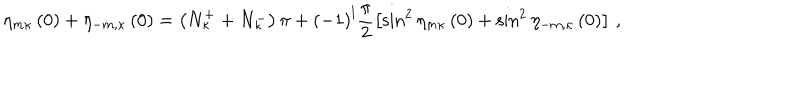
\eta _ { m \kappa } \left( 0 \right) + \eta _ { - m , \kappa } \left( 0 \right) = \left( N _ { \kappa } ^ { + } + N _ { \kappa } ^ { - } \right) \pi + \left( - 1 \right) ^ { l } \frac { \pi } { 2 } \left[ \sin ^ { 2 } \eta _ { m \kappa } \left( 0 \right) + \sin ^ { 2 } \eta _ { - m , \kappa } \left( 0 \right) \right] \, ,